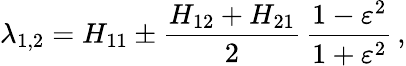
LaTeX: \lambda_{1,2}=H_{11}\pm\frac{H_{12}+H_{21}}{2}\, \frac{1-\varepsilon^{2}}{1+\varepsilon^{2}}\, ,